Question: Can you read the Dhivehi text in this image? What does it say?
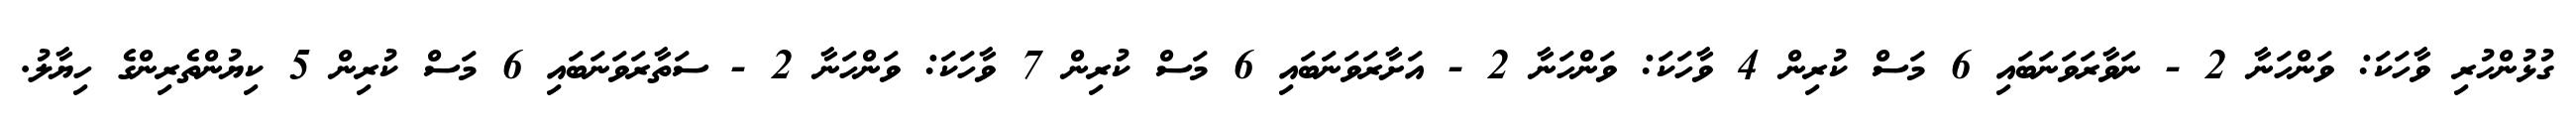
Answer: ގުޅުންހުރި ވާހަކަ: ވަންހަނާ 2 - ނަވާރަވަނަބައި 6 މަސް ކުރިން 4 ވާހަކަ: ވަންހަނާ 2 - އަށާރަވަނަބައި 6 މަސް ކުރިން 7 ވާހަކަ: ވަންހަނާ 2 - ސަތާރަވަނަބައި 6 މަސް ކުރިން 5 ކިޔުންތެރިންގެ ހިޔާލު.